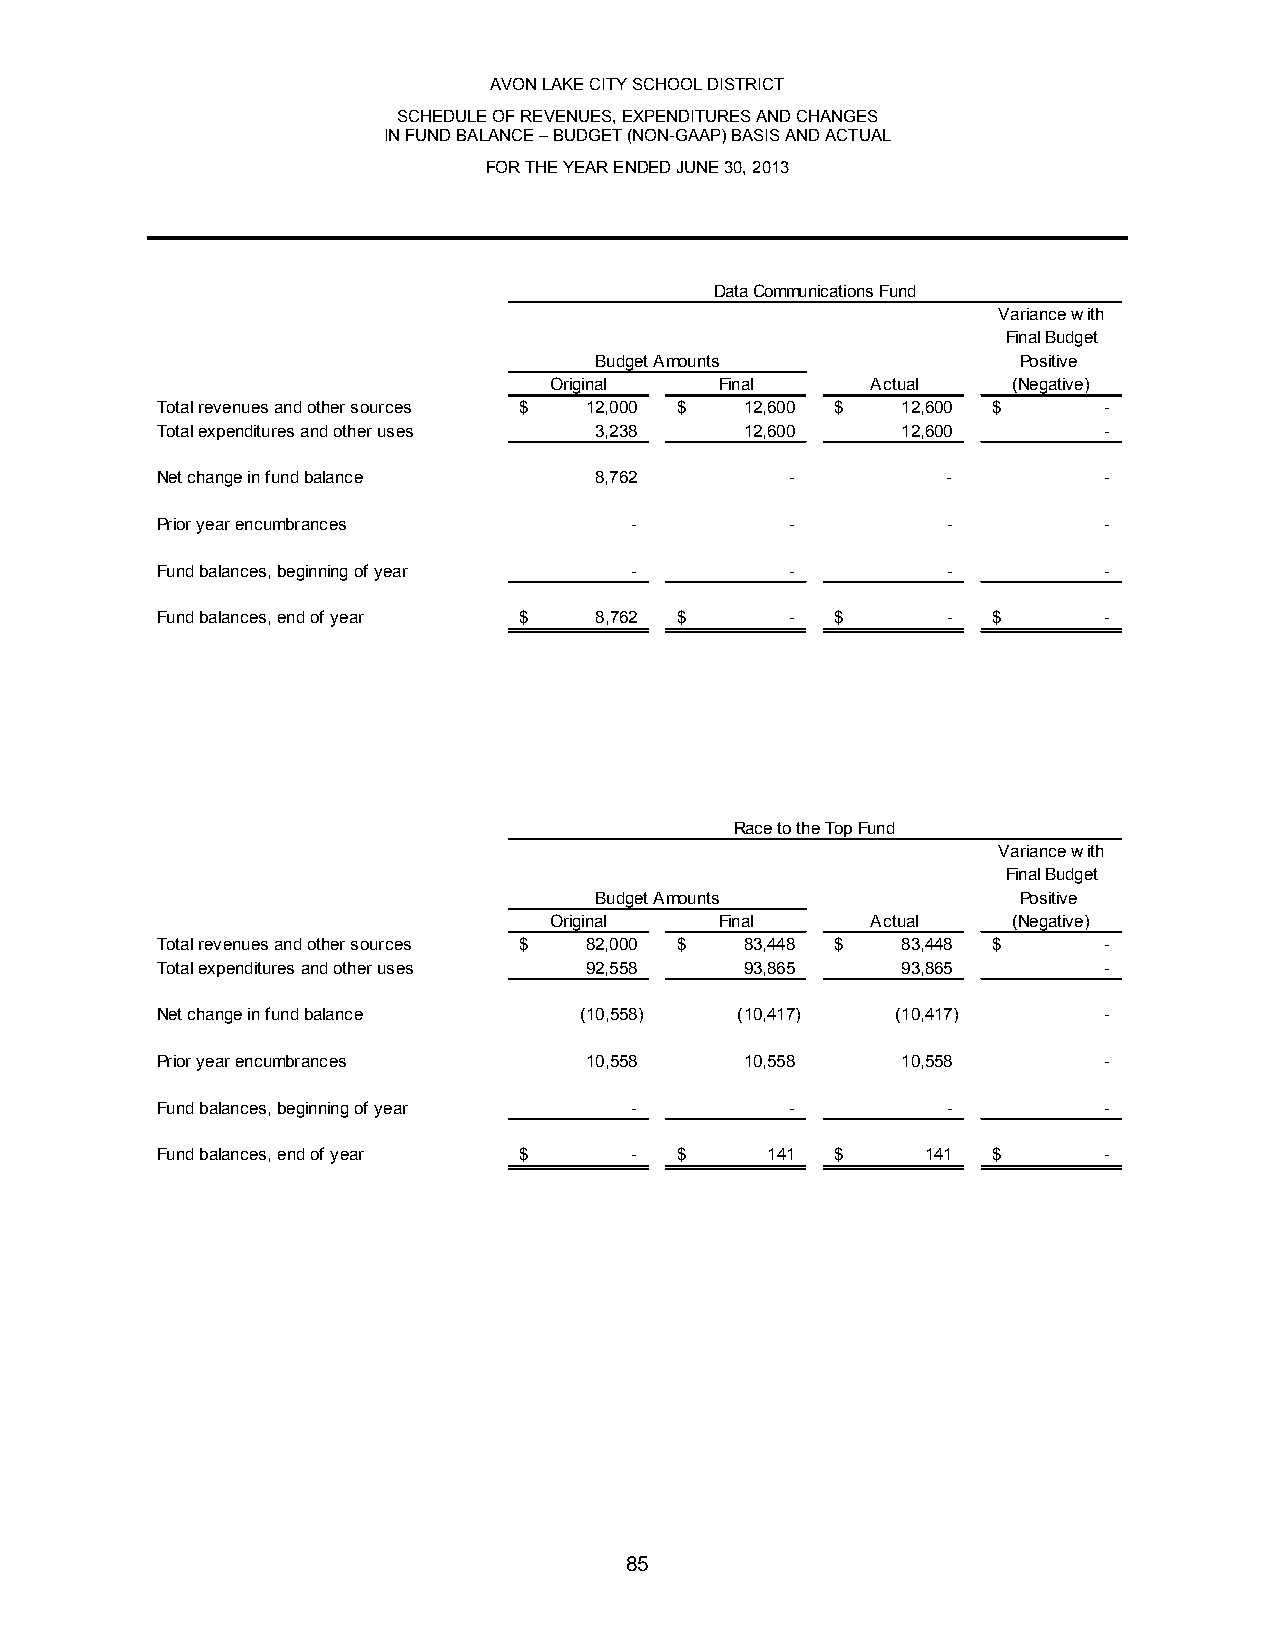
AVON LAKE CITY SCHOOL DISTRICT
 SCHEDULE OF REVENUES, EXPENDITURES AND CHANGES
 IN FUND BALANCE – BUDGET (NON-GAAP) BASIS AND ACTUAL
 FOR THE YEAR ENDED JUNE 30, 2013
 Data Communications Fund
 Variance with
 Final Budget
 Budget Amounts               Positive
 Original    Final     Actual   (Negative)
 Total revenues and other sources $ 12,000 $ 12,600 $ 12,600 $  -
 Total expenditures and other uses 3,238 12,600    12,600       -
 Net change in fund balance   8,762        -          -         -
 Prior year encumbrances         -         -          -         -
 Fund balances, beginning of year -        -          -         -
 Fund balances, end of year $ 8,762 $      -  $       -  $      -
 Race to the Top Fund
 Variance with
 Final Budget
 Budget Amounts               Positive
 Original    Final     Actual   (Negative)
 Total revenues and other sources $ 82,000 $ 83,448 $ 83,448 $  -
 Total expenditures and other uses 92,558 93,865   93,865       -
 Net change in fund balance  ( 10,558)  ( 10,417) ( 10,417)     -
 Prior year encumbrances      10,558    10,558     10,558       -
 Fund balances, beginning of year -        -          -         -
 Fund balances, end of year $    -  $     141 $     141  $      -
 85